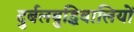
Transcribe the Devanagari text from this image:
दुर्बलबुद्धिवालियों